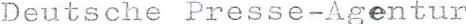
Deutsche Presse-Agentur